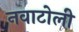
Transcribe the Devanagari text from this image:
नवाटोली